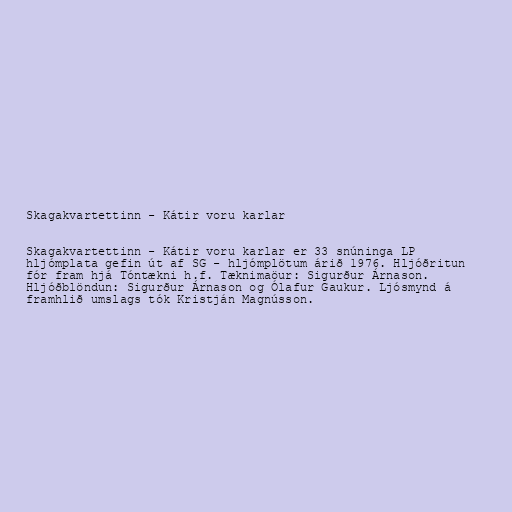
Skagakvartettinn - Kátir voru karlar

Skagakvartettinn - Kátir voru karlar er 33 snúninga LP
hljómplata gefin út af SG - hljómplötum árið 1976. Hljóðritun
fór fram hjá Tóntækni h.f. Tæknimaöur: Sigurður Árnason.
Hljóðblöndun: Sigurður Árnason og Ólafur Gaukur. Ljósmynd á
framhlið umslags tók Kristján Magnússon.